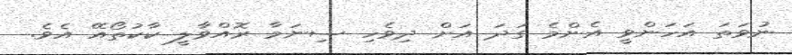
ނުވަތަ އަހަންވީ އެންމެ ގަދަ އަށް ދިވެހި ސިނަމާ ރޮއްވާލީ ކާކުތޯއޭ އެވެ.